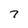
Character: 7